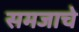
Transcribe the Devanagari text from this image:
समजाचे